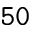
\mathtt { 5 0 }